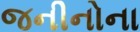
જનીનોના